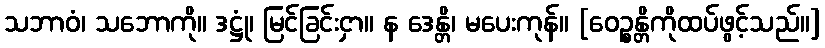
သဘာဝံ၊ သဘောကို။ ဒဋ္ဌုံ၊ မြင်ခြင်းငှာ။ န ဒေန္တိ၊ မပေးကုန်။ [ဝေဉ္စန္တိကိုထပ်ဖွင့်သည်။]